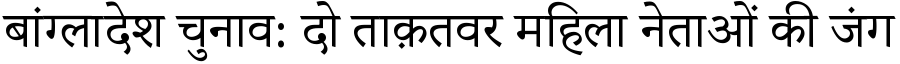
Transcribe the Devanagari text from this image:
बांग्लादेश चुनाव: दो ताक़तवर महिला नेताओं की जंग